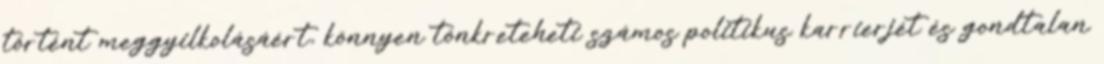
történt meggyilkolásáért, könnyen tönkreteheti számos politikus karrierjét és gondtalan